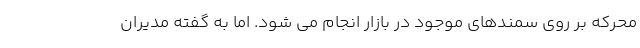
محرکه بر روی سمندهای موجود در بازار انجام می شود. اما به گفته مدیران